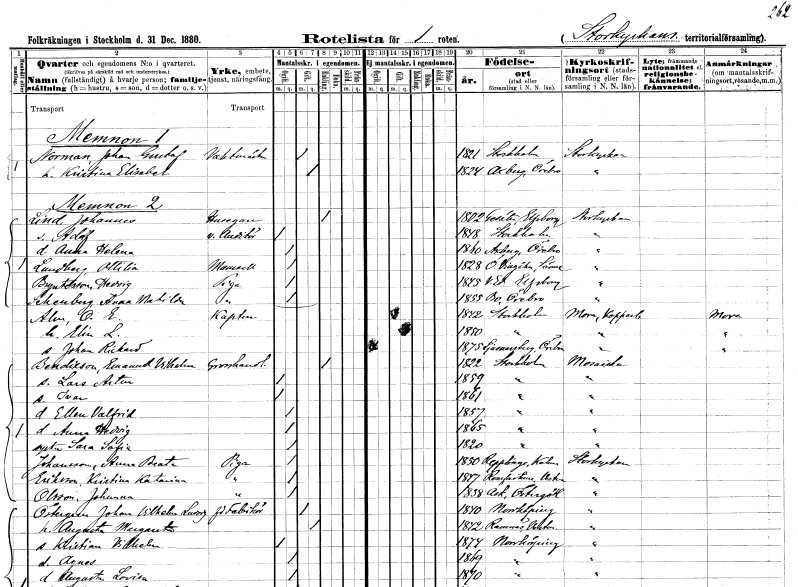
gt_parse: households: individuals: FN: Johan Gustaf
EN: Norman
YRKE: Vaktmästare
KON: M
CIV: G
FODAR: 1821
FODFORS: Stockholm
FN: Kristina Elisabet
KON: K
CIV: G
FODAR: 1824
FODFORS: Axberg Örebro län
FN: Johannes
EN: Lind
YRKE: Husägare
KON: M
CIV: E
FODAR: 1802
FODFORS: Gesäter Älvsborgs län
FN: Adolf
YRKE: Auditör v.
KON: M
CIV: O
FODAR: 1848
FODFORS: Stockholm
FN: Anna Helena
KON: K
CIV: O
FODAR: 1860
FODFORS: Axberg Örebro län
FN: Ottilia
EN: Lundberg
KON: K
CIV: O
FODAR: 1828
FODFORS: Östra Vingåker Södermanlands län
FN: Hedvig
EN: Bryntesson
YRKE: Piga
KON: K
CIV: O
FODAR: 1845
FODFORS: Västra Ed Älvsborgs län
FN: Anna Matilda
EN: Schenberg
YRKE: Piga
KON: K
CIV: O
FODAR: 1855
FODFORS: Bo Örebro län
FN: O. E.
EN: Alm
YRKE: Kapten
KON: M
CIV: G
FODAR: 1842
FODFORS: Stockholm
FN: Elin L.
KON: K
CIV: G
FODAR: 1850
FODFORS: Stockholm
FN: Johan Rickard
KON: M
CIV: O
FODAR: 1875
FODFORS: Ljusnarsberg Örebro län
FN: Emanuel Vilhelm
EN: Bendicson
YRKE: Grosshandlare
KON: M
CIV: E
FODAR: 1822
FODFORS: Stockholm
FN: Lars Artur
KON: M
CIV: O
FODAR: 1859
FODFORS: Stockholm
FN: Ivar
KON: M
CIV: O
FODAR: 1861
FODFORS: Stockholm
FN: Ellen Valfrid
KON: K
CIV: O
FODAR: 1857
FODFORS: Stockholm
FN: Anna Hedvig
KON: K
CIV: O
FODAR: 1865
FODFORS: Stockholm
FN: Sara Sofia
KON: K
CIV: O
FODAR: 1820
FODFORS: Stockholm
FN: Anna Beata
EN: Johansson
YRKE: Piga
KON: K
CIV: O
FODAR: 1850
FODFORS: Räpplinge Kalmar län
FN: Kristina Katarina
EN: Eriksson
YRKE: Piga
KON: K
CIV: O
FODAR: 1847
FODFORS: Romfartuna Västmanlands län
FN: Johanna
EN: Olsson
YRKE: Piga
KON: K
CIV: O
FODAR: 1858
FODFORS: Ask Östergötlands län